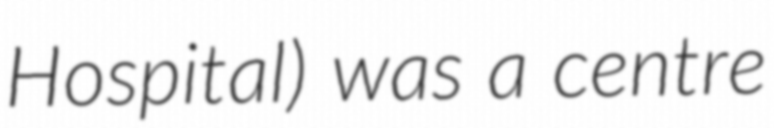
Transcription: Hospital) was a centre